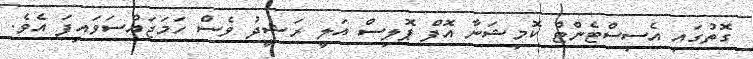
ގޮތުގައި އެސިސްޓެންޓް ކޮމިޝަނާ އޮފް ޕޮލިސް އަލީ ރަޝީދު ވެސް ހަމަޖައްސަވައިފަ އެވެ.